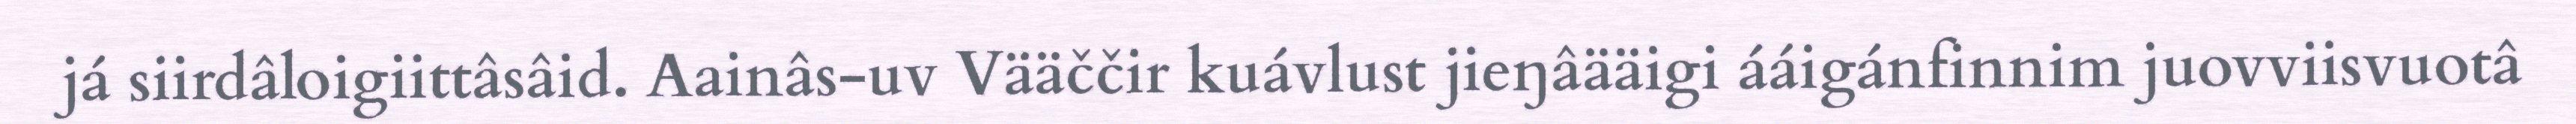
já siirdâloigiittâsâid. Aainâs-uv Vääččir kuávlust jieŋâääigi ááigánfinnim juovviisvuotâ